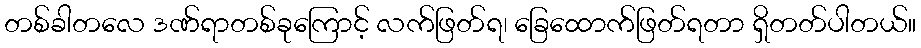
တစ်ခါတလေ ဒဏ်ရာတစ်ခုကြောင့် လက်ဖြတ်ရ၊ ခြေထောက်ဖြတ်ရတာ ရှိတတ်ပါတယ်။